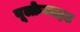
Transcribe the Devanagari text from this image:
वूल्फ्रेमाइट